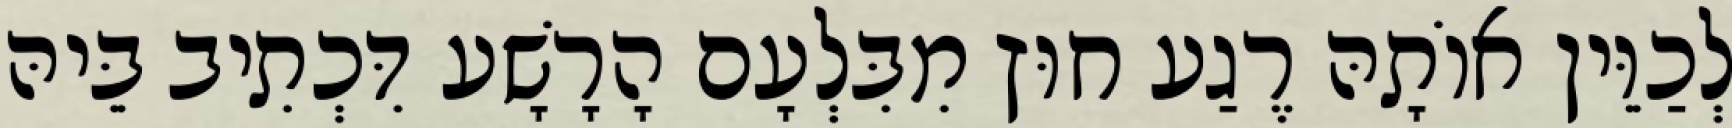
לְכַוֵּין אוֹתָהּ רֶגַע חוּץ מִבִּלְעָם הָרָשָׁע דִּכְתִיב בֵּיהּ